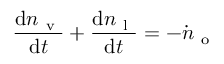
\frac { \mathrm { d } n _ { \mathrm { ~ v ~ } } } { \mathrm { d } t } + \frac { \mathrm { d } n _ { \mathrm { ~ l ~ } } } { \mathrm { d } t } = - \dot { n } _ { \mathrm { ~ o ~ } }